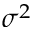
\sigma ^ { 2 }